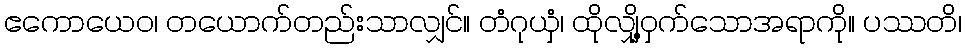
ဧကောယေဝ၊ တယောက်တည်းသာလျှင်။ တံဂုယှံ၊ ထိုလျှို့ဝှက်သောအရာကို။ ပဿတိ၊